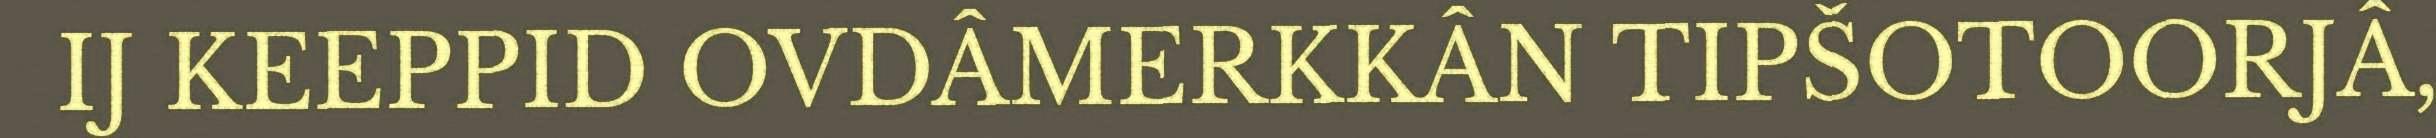
IJ KEEPPID OVDÂMERKKÂN TIPŠOTOORJÂ,